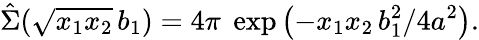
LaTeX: \hat{\Sigma}(\sqrt{x_{1}x_{2}}\, b_{1})=4\pi\; \exp\left(-x_{1}x_{2}\, b_{1}^{2}/4a^{2}\right).